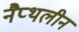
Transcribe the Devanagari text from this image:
नैप्थलीन